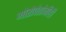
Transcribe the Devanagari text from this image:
मोरोपंतांनीही